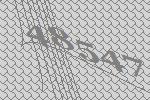
48547